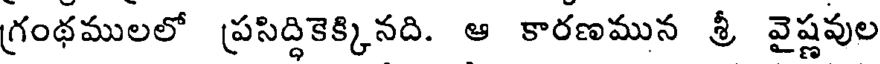
గ్రంథములలో ప్రసిద్దికెక్కినది. ఆ కారణమున శ్రీ వైష్ణవుల